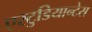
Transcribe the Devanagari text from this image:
एस्टुडियान्टेस